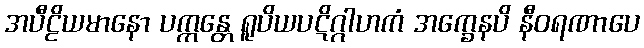
အပီဠိယမာနော ပက္ကန္တေ ရူပိယပဋိဂ္ဂါဟကံ အက္ခေနပိ နီဝရဏာပေ